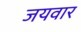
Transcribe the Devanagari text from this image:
जयवार